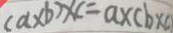
( a \times b ) \times c = a \times ( b \times c )